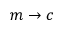
m \to c